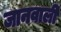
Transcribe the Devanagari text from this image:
जानवाली